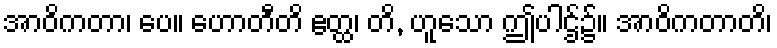
အာဝိကတာ၊ ပေ။ ဟောတီတိ ဧတ္ထ၊ တိ, ဟူသော ဤပါဌ်၌။ အာဝိကတာတိ၊